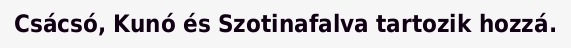
Csácsó, Kunó és Szotinafalva tartozik hozzá.